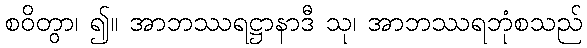
စဝိတွာ၊ ၍။ အာဘဿရဋ္ဌာနာဒီ သု၊ အာဘဿရဘုံစသည်